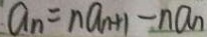
a _ { n } = n a _ { n + 1 } - n a _ { n }